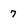
Character: 7